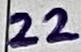
Text: 22